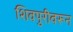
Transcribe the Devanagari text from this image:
शिवपुरीवरून